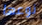
نوعها